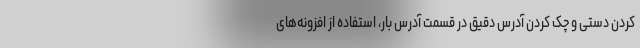
کردن دستی و چک کردن آدرس دقیق در قسمت آدرس بار، استفاده از افزونه‌های